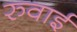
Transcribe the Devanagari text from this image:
रुवाई